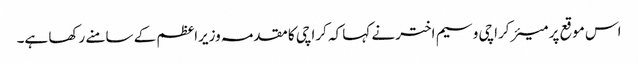
اس موقع پر میئر کراچی وسیم اختر نے کہا کہ کراچی کا مقدمہ وزیراعظم کے سامنے رکھا ہے۔